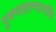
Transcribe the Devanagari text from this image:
गुणमाहात्म्यासक्ति